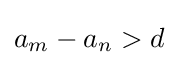
a_{m}-a_{n}>d